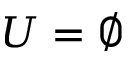
U = \emptyset